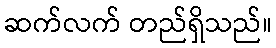
ဆက်လက် တည်ရှိသည်။